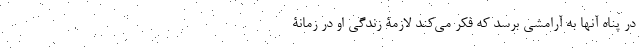
در پناه آنها به آرامشی برسد که فکر می‌کند لازمۀ زندگی او در زمانۀ